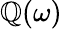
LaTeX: \mathbb{Q}(\omega)